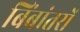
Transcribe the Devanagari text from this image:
बिंबांतरों